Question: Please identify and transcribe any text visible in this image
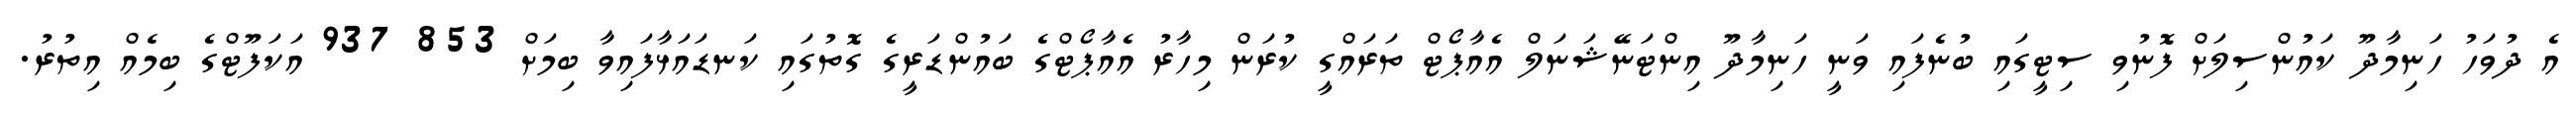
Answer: އެ ދުވަހު ހަނިމާދޫ ކައުންސިލަށް ފޮނުވި ސިޓީގައި ބުނެފައި ވަނީ ހަނިމާދޫ އިންޓަނޭޝަނަލް އެއާޕޯޓް ތަރައްގީ ކުރަން މިހާރު އެއާޕޯޓްގެ ބައުންޑަރީގެ ގޮތުގައި ކަނޑައަޅާފައިވާ ބިމަށް 853 937 އަކަފޫޓްގެ ބިމެއް އިތުރު.